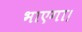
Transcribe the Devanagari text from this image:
भाएगा।